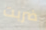
ضربت